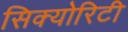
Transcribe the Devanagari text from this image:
सिक्‍योरिटी